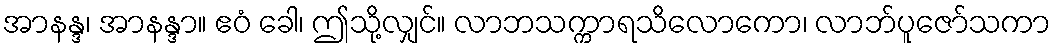
အာနန္ဒ၊ အာနန္ဒာ။ ဧဝံ ခေါ၊ ဤသို့လျှင်။ လာဘသက္ကာရသိလောကော၊ လာဘ်ပူဇော်သကာ